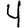
Digit: 4